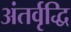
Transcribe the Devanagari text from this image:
अंतर्वृद्धि